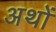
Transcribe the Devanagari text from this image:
अथों